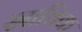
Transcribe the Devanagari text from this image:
स्राविक